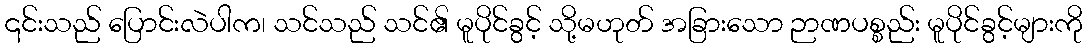
၎င်းသည် ပြောင်းလဲပါက၊ သင်သည် သင်၏ မူပိုင်ခွင့် သို့မဟုတ် အခြားသော ဉာဏပစ္စည်း မူပိုင်ခွင့်များကို